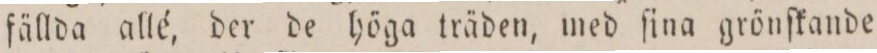
fällda allé, der de höga träden, med ſina grönſkande